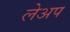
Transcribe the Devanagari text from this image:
लेअप